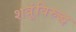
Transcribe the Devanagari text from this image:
शत्रूंविरुद्ध